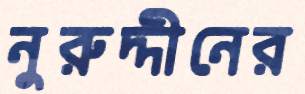
নুরুদ্দীনের